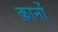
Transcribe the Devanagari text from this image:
क़ानों